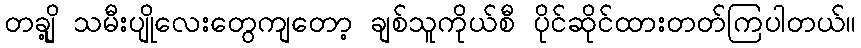
တချို့ သမီးပျိုလေးတွေကျတော့ ချစ်သူကိုယ်စီ ပိုင်ဆိုင်ထားတတ်ကြပါတယ်။